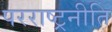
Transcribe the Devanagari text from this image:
परराष्ट्रनीति